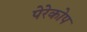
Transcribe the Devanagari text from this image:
पेरेकोप